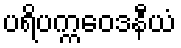
ပရိပက္ကဝေဒနီယံ